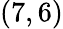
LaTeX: (7,6)